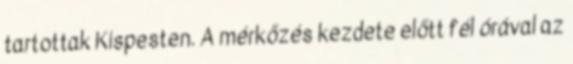
tartottak Kispesten. A mérkőzés kezdete előtt fél órával az